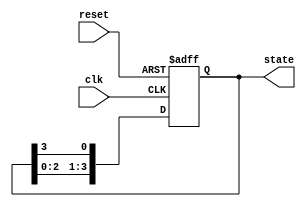
module ring_counter (
    input wire clk,        // Clock signal
    input wire reset,      // Asynchronous reset signal
    output reg [3:0] state // Current state of the counter
);

// Initial state of the ring counter
initial begin
    state = 4'b1000; // Start with '1' in the first flip-flop
end

// Always block triggered on the rising edge of the clock or the reset signal
always @(posedge clk or posedge reset) begin
    if (reset) begin
        state <= 4'b1000; // Reset to initial state
    end else begin
        // Shift the '1' to the right
        state <= {state[2:0], state[3]}; // Circular shift
    end
end

endmodule